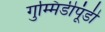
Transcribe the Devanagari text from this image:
गुम्मिडीपूंडी